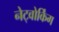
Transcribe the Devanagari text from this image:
नेट्वोर्किंग